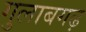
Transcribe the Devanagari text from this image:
गुलाबगढ़